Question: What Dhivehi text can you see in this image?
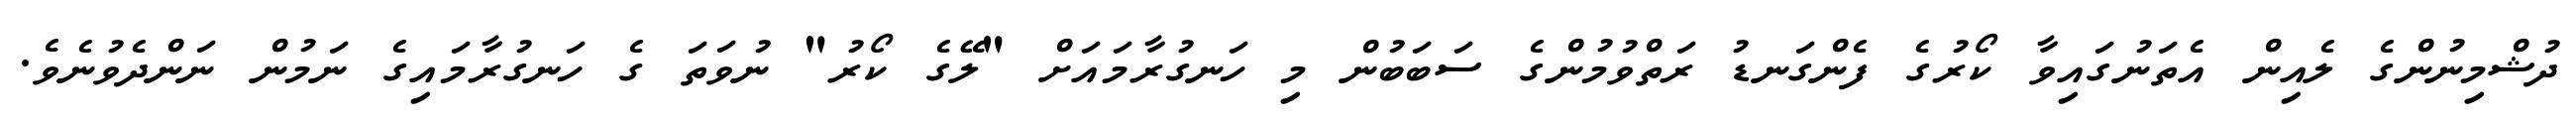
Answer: ދުޝްމިނުންގެ ލެއިން އެތަނުގައިވާ ކޯރުގެ ފެންގަނޑު ރަތްވުމުންގެ ސަބަބުން މި ހަނގުރާމައަށް "ލޭގެ ކޯރު" ނުވަތަ ގެ ހަނގުރާމައިގެ ނަމުން ނަންދެވުނެވެ.